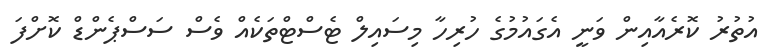
އުތުރު ކޮރެއާއިން ވަނީ އެގައުމުގެ ހުރިހާ މިސައިލް ޓެސްޓްތަކެއް ވެސް ސަސްޕެންޑް ކޮށްފަ